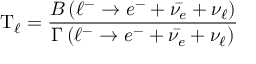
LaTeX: \mathrm { T } _ { \ell } = { \frac { B \left( \ell ^ { - } \rightarrow e ^ { - } + { \bar { \nu _ { e } } } + \nu _ { \ell } \right) } { \Gamma \left( \ell ^ { - } \rightarrow e ^ { - } + { \bar { \nu _ { e } } } + \nu _ { \ell } \right) } }